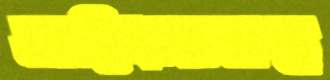
অহিংসামন্ত্র